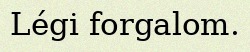
Légi forgalom.